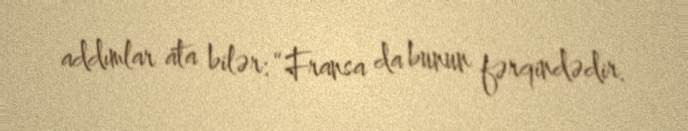
addımlar ata bilər: “Fransa da bunun fərqindədir.